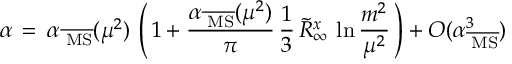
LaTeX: \alpha \, = \, \alpha _ { \overline { { { \mathrm { \tiny ~ M S } } } } } ( \mu ^ { 2 } ) \, \left( \, 1 + \frac { \alpha _ { \overline { { { \mathrm { \tiny ~ M S } } } } } ( \mu ^ { 2 } ) } { \pi } \, \frac { 1 } { 3 } \, \tilde { R } _ { \infty } ^ { x } \, \ln \frac { m ^ { 2 } } { \mu ^ { 2 } } \, \right) + { \cal O } ( \alpha _ { \overline { { { \mathrm { \tiny ~ M S } } } } } ^ { 3 } )